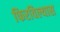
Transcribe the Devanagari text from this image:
फिरविल्यास